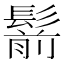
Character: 鬋